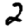
Digit: 2